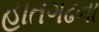
હાતગઢના